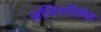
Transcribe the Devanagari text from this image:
प्रतिपरिप्रेक्ष